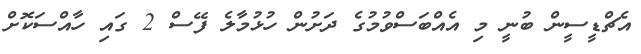
އެޗްޑީސީން ބުނީ މި އެއްބަސްވުމުގެ ދަށުން ހުޅުމާލެ ފޭސް 2 ގައި ހާއްސަކޮށް